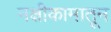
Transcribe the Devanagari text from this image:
नक्षीकामातून